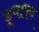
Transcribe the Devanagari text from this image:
डूबाकर